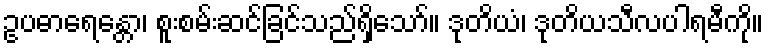
ဥပဓာရေန္တော၊ စူးစမ်းဆင်ခြင်သည်ရှိသော်။ ဒုတိယံ၊ ဒုတိယသီလပါရမီကို။